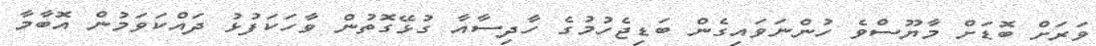
ވަރަށް ބޮޑަށް މާޔޫސްވެ ހުންނަވައިގެން ބަޑިޖެހުމުގެ ހާދިސާއާ ގުޅޭގޮތުން ވާހަކަފުޅު ދައްކަވަމުން އޮބާމާ